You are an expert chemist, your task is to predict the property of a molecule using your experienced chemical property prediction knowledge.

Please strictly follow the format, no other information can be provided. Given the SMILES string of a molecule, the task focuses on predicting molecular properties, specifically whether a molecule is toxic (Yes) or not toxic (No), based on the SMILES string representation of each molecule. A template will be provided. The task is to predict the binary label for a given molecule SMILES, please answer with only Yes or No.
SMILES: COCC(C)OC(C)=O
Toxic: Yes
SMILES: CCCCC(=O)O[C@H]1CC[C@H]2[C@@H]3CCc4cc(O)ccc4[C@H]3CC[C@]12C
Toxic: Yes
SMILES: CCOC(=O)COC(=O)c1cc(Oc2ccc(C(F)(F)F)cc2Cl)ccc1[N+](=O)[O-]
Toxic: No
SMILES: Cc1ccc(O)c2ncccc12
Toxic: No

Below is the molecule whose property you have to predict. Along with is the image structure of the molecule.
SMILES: CCCCNc1ccc(C(=O)OCC[NH+](CC)CC)cc1
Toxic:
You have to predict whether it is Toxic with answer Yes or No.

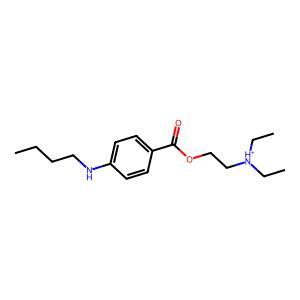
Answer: No